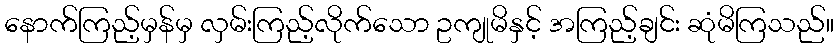
နောက်ကြည့်မှန်မှ လှမ်းကြည့်လိုက်သော ဥကျုမိနှင့် အကြည့်ချင်း ဆုံမိကြသည်။